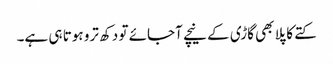
کتے کا پلا بھی گاڑی کے نیچے آجائے تو دکھ ترو ہوتا ہی ہے۔